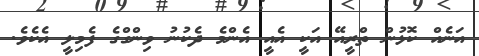
އަނެއް ކޮޅުން ތްރީއޭ އަކީ އެއީ އެންމެ ދެކުނު ވިންގްގެ ފެމިލީ އެކެވެ.